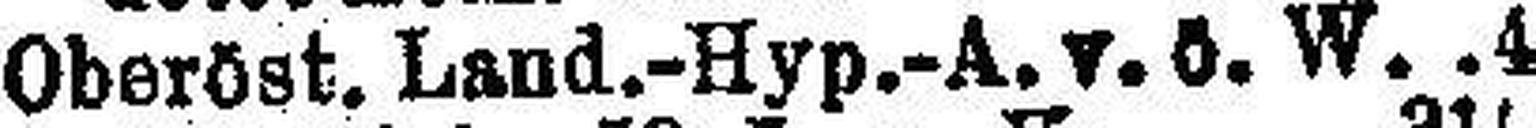
Oberöst. Land.-Hyp.-A. v. ö. W. 4